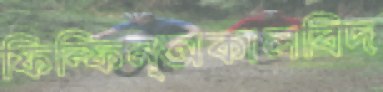
ফিন্‌ফিন্‌অকালবিদ